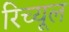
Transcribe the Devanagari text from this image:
रिच्यूल